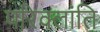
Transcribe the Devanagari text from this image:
परिक्लांति